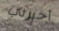
أخبرني